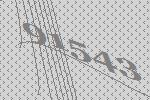
91543